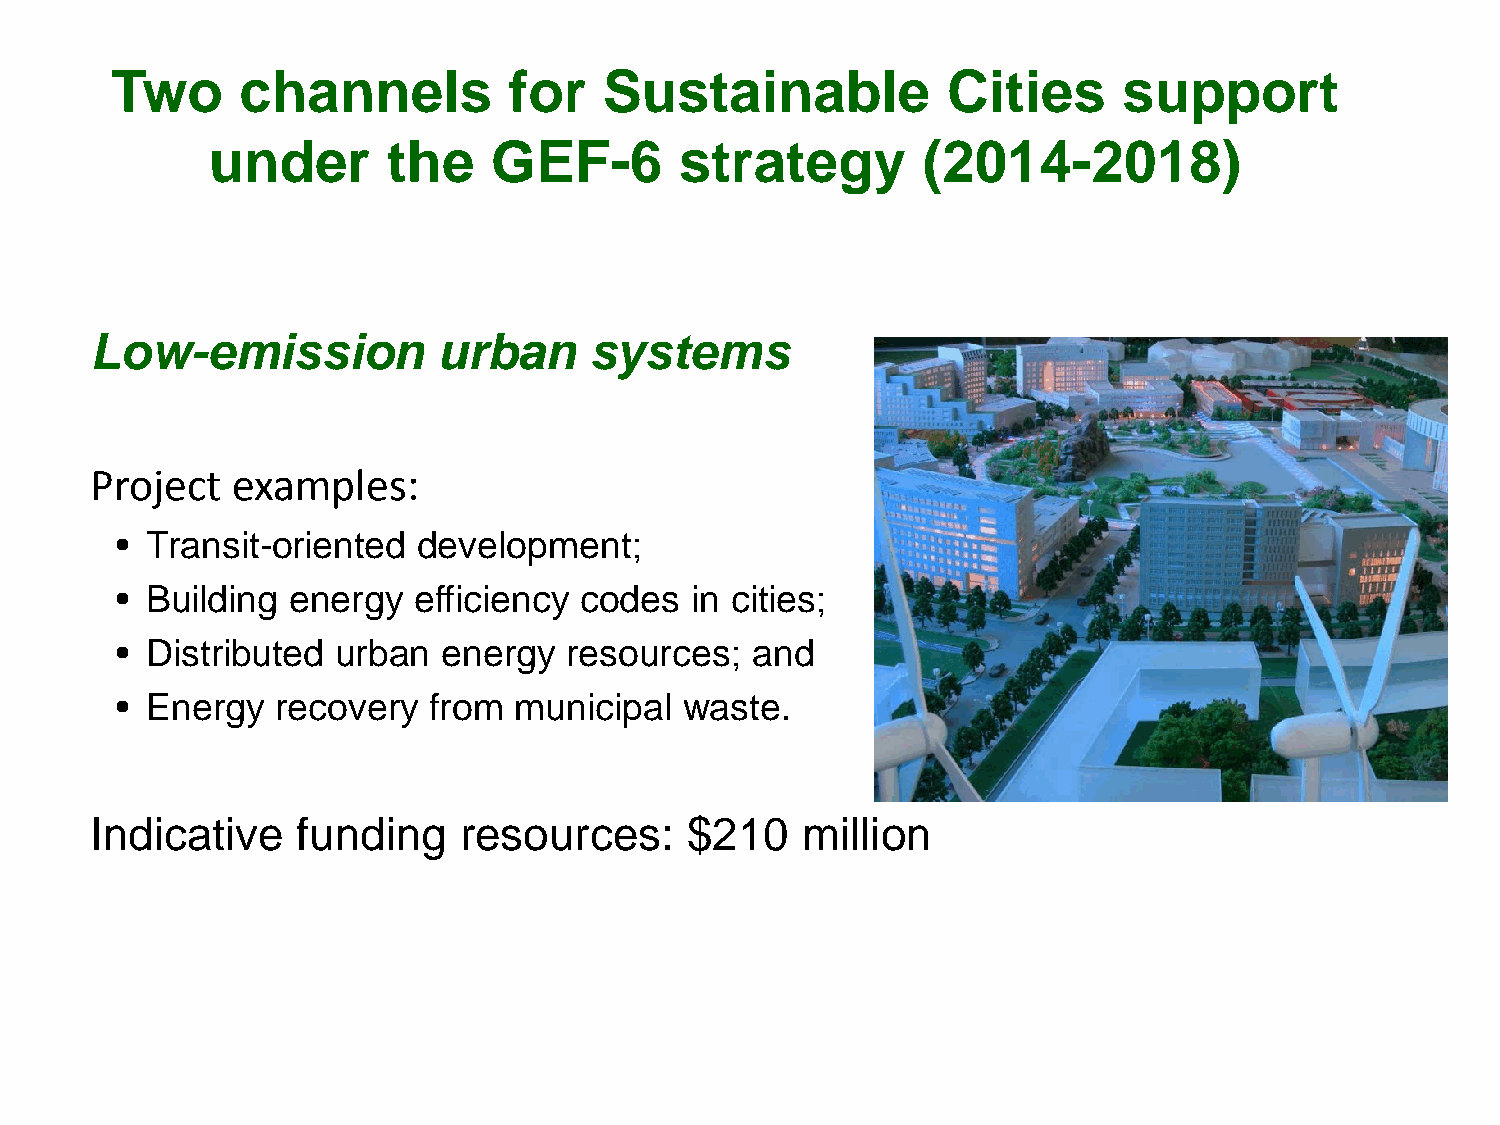
Two      channels          for   Sustainable            Cities     support
 under       the   GEF-6        strategy        (2014-2018)
 Low-emission           urban     systems
 Project  examples:
 • Transit-oriented  development;
 • Building energy  efficiency codes   in cities;
 • Distributed urban  energy   resources;  and
 • Energy  recovery  from  municipal  waste.
 Indicative    funding   resources:     $210    million